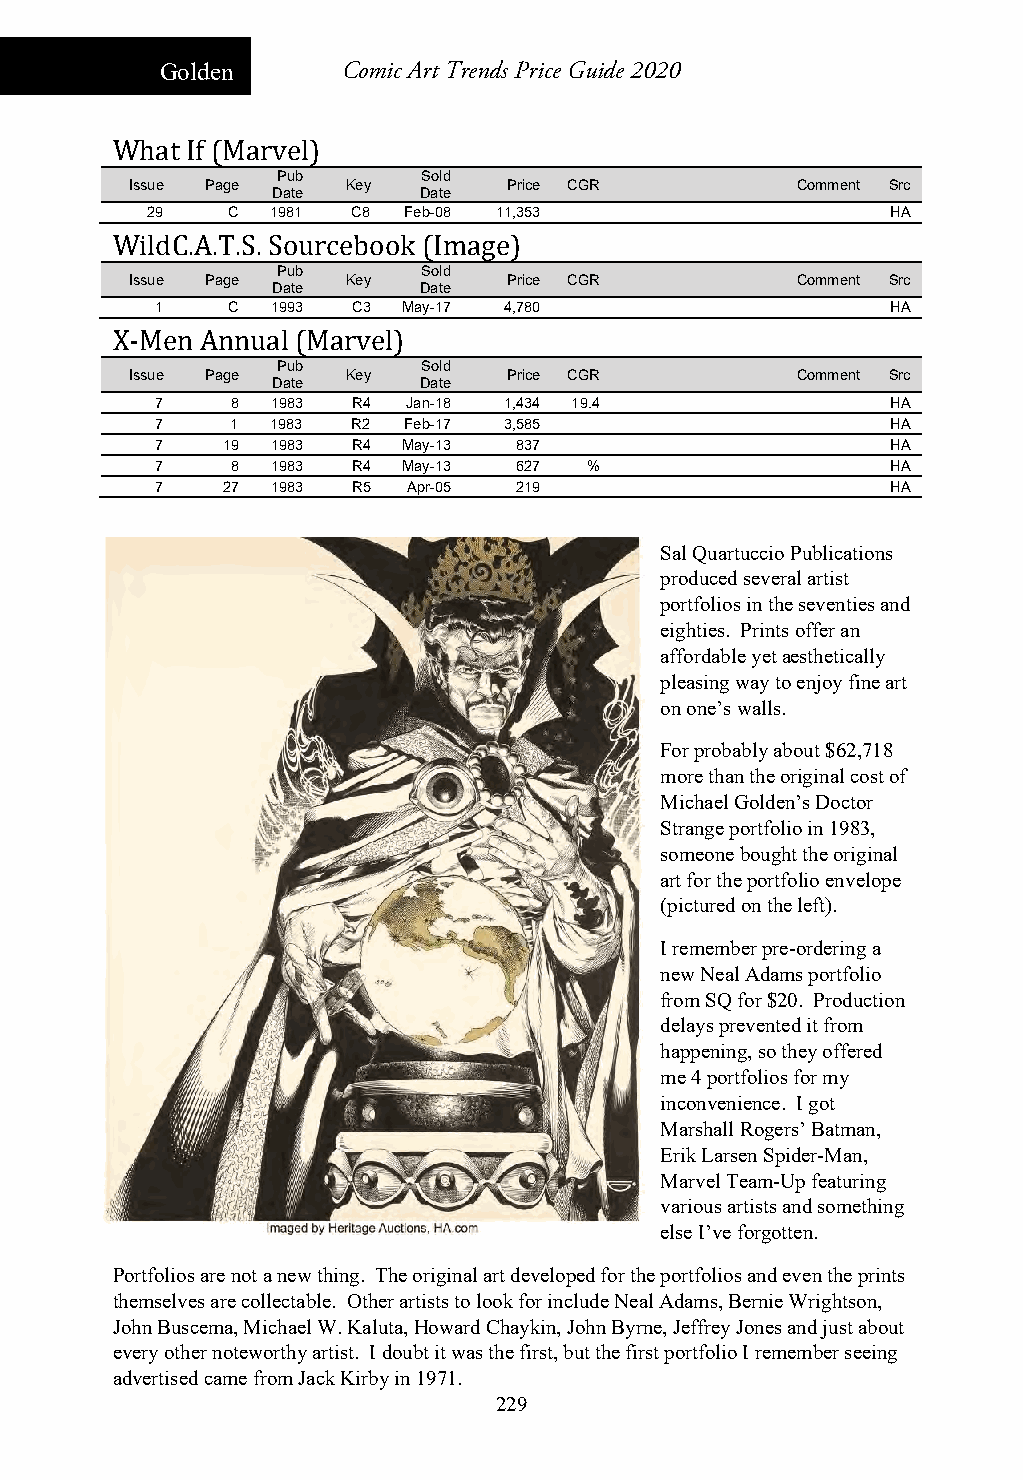
Golden      Comic Art Trends Price Guide 2020
 What If (Marvel)
 Pub       Sold
 Issue Page    Key        Price CGR          Comment Src
 Date      Date
 29   C  1981 C8  Feb-08 11,353                   HA
 WildC.A.T.S. Sourcebook (Image)
 Pub       Sold
 Issue Page    Key        Price CGR          Comment Src
 Date      Date
 1    C  1993 C3  May-17 4,780                    HA
 X-Men Annual (Marvel)
 Pub       Sold
 Issue Page    Key        Price CGR          Comment Src
 Date      Date
 7    8  1983 R4  Jan-18 1,434 19.4               HA
 7    1  1983 R2  Feb-17 3,585                    HA
 7    19 1983 R4  May-13 837                      HA
 7    8  1983 R4  May-13 627  %                   HA
 7    27 1983 R5  Apr-05 219                      HA
 Sal Quartuccio Publications
 produced several artist
 portfolios in the seventies and
 eighties. Prints offer an
 affordable yet aesthetically
 pleasing way to enjoy fine art
 on one’s walls.
 For probably about $62,718
 more than the original cost of
 Michael Golden’s Doctor
 Strange portfolio in 1983,
 someone bought the original
 art for the portfolio envelope
 (pictured on the left).
 I remember pre-ordering a
 new Neal Adams portfolio
 from SQ for $20. Production
 delays prevented it from
 happening, so they offered
 me 4 portfolios for my
 inconvenience. I got
 Marshall Rogers’ Batman,
 Erik Larsen Spider-Man,
 Marvel Team-Up featuring
 various artists and something
 else I’ve forgotten.
 Portfolios are not a new thing. The original art developed for the portfolios and even the prints
 themselves are collectable. Other artists to look for include Neal Adams, Bernie Wrightson,
 John Buscema, Michael W. Kaluta, Howard Chaykin, John Byrne, Jeffrey Jones and just about
 every other noteworthy artist. I doubt it was the first, but the first portfolio I remember seeing
 advertised came from Jack Kirby in 1971.
 229